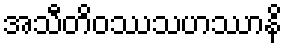
အသီတိဝဿသဟဿာနိ